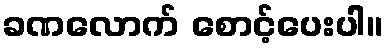
ခဏလောက် စောင့်ပေးပါ။